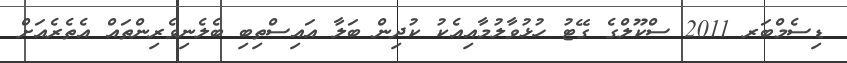
ޑިސެމްބަރ 2011 ސްކޫލްގެ ގޭޓު ހުޅުވާލުމާއިއެކު ކުދިން ބަލާ އައިސްތިބި ބެލެނިވެރިންތައް އެތެރެއަށް